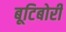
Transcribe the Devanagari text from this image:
बूटिबोरी